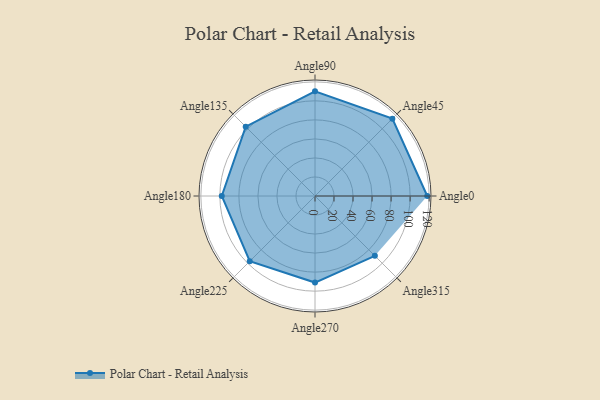
{"axis": {"x": "Angle", "y": "Radius"}, "legend": [""], "data": [{"x": "Angle0", "y": 118.0, "type": ""}, {"x": "Angle45", "y": 115.0, "type": ""}, {"x": "Angle90", "y": 110.0, "type": ""}, {"x": "Angle135", "y": 103.0, "type": ""}, {"x": "Angle180", "y": 98.0, "type": ""}, {"x": "Angle225", "y": 97.0, "type": ""}, {"x": "Angle270", "y": 91.0, "type": ""}, {"x": "Angle315", "y": 89.0, "type": ""}]}